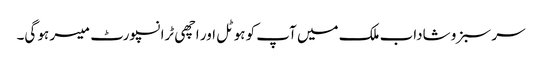
سر سبز و شاداب ملک میں آپ کو ہوٹل اور اچھی ٹرانسپورٹ میسر ہو گی۔